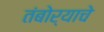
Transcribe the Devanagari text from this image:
तंबोर्‍याचे